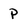
Character: P